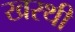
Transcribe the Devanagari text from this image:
खरथी